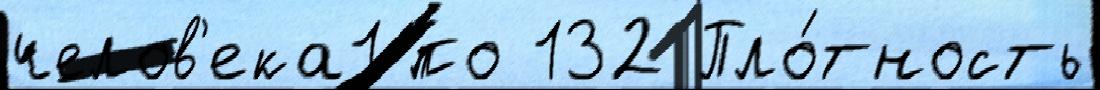
челов'ека1 по 132 Пло́тность